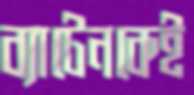
ব্যাটেনকেই